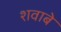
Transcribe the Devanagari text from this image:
शवाबे